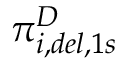
\pi _ { i , d e l , 1 s } ^ { D }